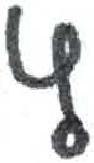
אות: ץ